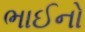
ભાઈનો